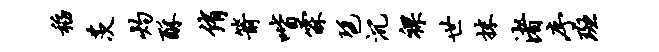
稻茨灼酥侑箭喈霖琶沉裸世抹渚序斑